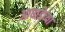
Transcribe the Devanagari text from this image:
आघाडेच्या